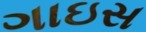
ગાઇસ